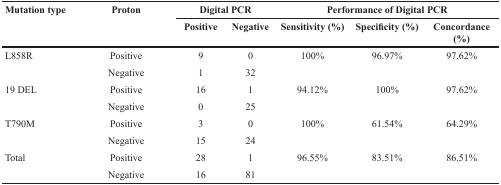
<table><thead><tr><td rowspan="2"><b>Mutation type</b></td><td rowspan="2"><b>Proton</b></td><td colspan="2"><b>Digital PCR</b></td><td colspan="3"><b>Performance of Digital PCR</b></td></tr><tr><td><b>Positive</b></td><td><b>Negative</b></td><td><b>Sensitivity (%)</b></td><td><b>Specificity (%)</b></td><td><b>Concordance (%)</b></td></tr></thead><tbody><tr><td>L858R</td><td>Positive</td><td>9</td><td>0</td><td>100%</td><td>96.97%</td><td>97.62%</td></tr><tr><td></td><td>Negative</td><td>1</td><td>32</td><td></td><td></td><td></td></tr><tr><td>19 DEL</td><td>Positive</td><td>16</td><td>1</td><td>94.12%</td><td>100%</td><td>97.62%</td></tr><tr><td></td><td>Negative</td><td>0</td><td>25</td><td></td><td></td><td></td></tr><tr><td>T790M</td><td>Positive</td><td>3</td><td>0</td><td>100%</td><td>61.54%</td><td>64.29%</td></tr><tr><td></td><td>Negative</td><td>15</td><td>24</td><td></td><td></td><td></td></tr><tr><td>Total</td><td>Positive</td><td>28</td><td>1</td><td>96.55%</td><td>83.51%</td><td>86.51%</td></tr><tr><td></td><td>Negative</td><td>16</td><td>81</td><td></td><td></td><td></td></tr></tbody></table>